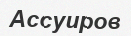
Ассуиров